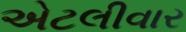
એટલીવાર